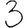
Digit: 3